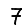
Digit: 7